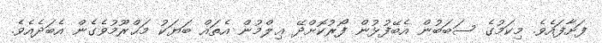
ފަށާފައެވެ. މިކަމުގެ ސަބަބުން އެބޭފުޅުން ފޯރުކޮށްދޭ ޢިލްމުން އެތައް ބަޔަކު މަޙްރޫމުވެގެން އެބަދެއެވެ.